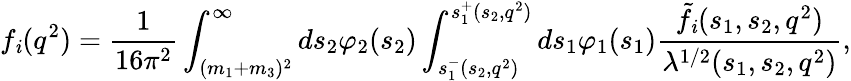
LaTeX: f_{\mathit{i}}(q^{2})=\frac{1}{{16\pi^{2}}}\int_{(m_{1}+m_{3})^{2}}^{\infty}ds_{2}\varphi_{2}(s_{2})\int_{s_{1}^{-}(s_{2},q^{2})}^{s_{1}^{+}(s_{2},q^{2})}ds_{1}\varphi_{1}(s_{1})\frac{{\tilde{{f}}_{\mathit{i}}(s_{1},s_{2},q^{2})}}{{\lambda^{1/2}(s_{1},s_{2},q^{2})}},